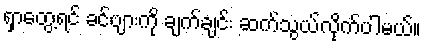
ရှာတွေ့ရင် ခင်ဗျားကို ချက်ချင်း ဆက်သွယ်လိုက်ပါမယ်။